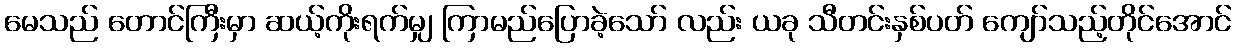
မေသည် တောင်ကြီးမှာ ဆယ့်ကိုးရက်မျှ ကြာမည်ပြောခဲ့သော် လည်း ယခု သီတင်းနှစ်ပတ် ကျော်သည့်တိုင်အောင်